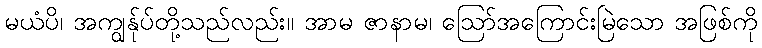
မယံပိ၊ အကျွန်ုပ်တို့သည်လည်း။ အာမ ဇာနာမ၊ ဩော်အကြောင်းမြဲသော အဖြစ်ကို